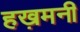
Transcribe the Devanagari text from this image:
हख़मनी